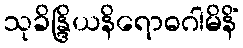
သုခိန္ဒြိယနိရောဓဂါမိနိံ